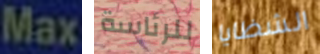
Max للرئاسة الشظايا